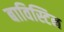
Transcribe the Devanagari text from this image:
बाविस्टिन